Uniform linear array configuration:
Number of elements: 48
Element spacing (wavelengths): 0.5
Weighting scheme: binomial
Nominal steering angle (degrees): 30
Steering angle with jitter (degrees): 31.97
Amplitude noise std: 0.05
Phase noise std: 0.05

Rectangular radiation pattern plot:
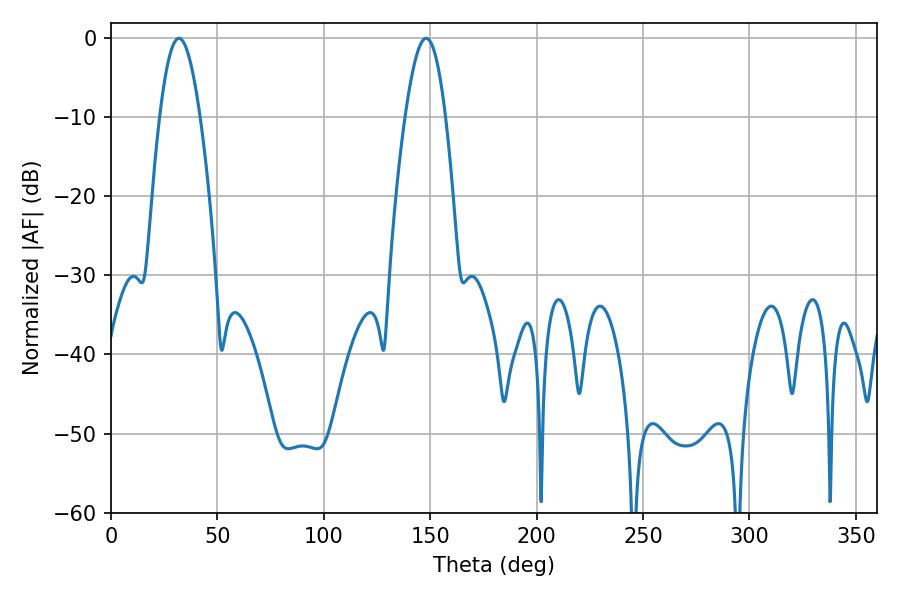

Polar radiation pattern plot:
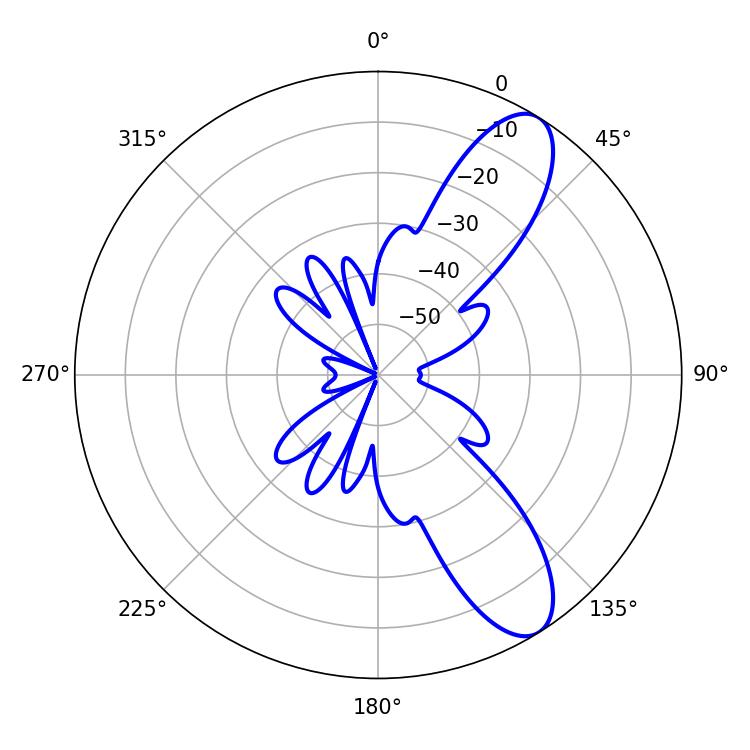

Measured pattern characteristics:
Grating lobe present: FALSE
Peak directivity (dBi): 9.865
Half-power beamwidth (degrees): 10.26
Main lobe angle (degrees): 31.86